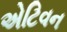
એટિવન